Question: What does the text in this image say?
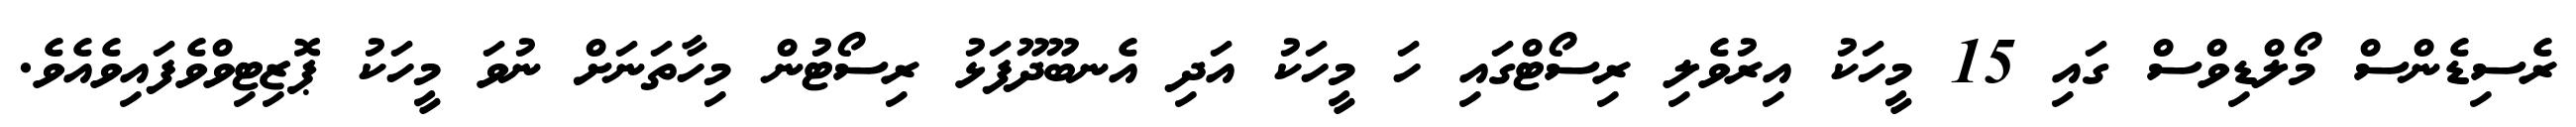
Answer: ރެސިޑެންސް މޯލްޑިވްސް ގައި 15 މީހަކު އިރުވެލި ރިސޯޓްގައި ހަ މީހަކު އަދި އެނބޫދޫފަޅު ރިސޯޓުން މިހާތަނަށް ނުވަ މީހަކު ޕޮޒިޓިވްވެފައިވެއެވެ.